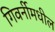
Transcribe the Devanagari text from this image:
गिवर्नीमधील